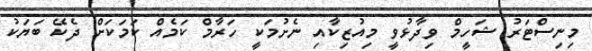
މިނިސްޓަރު ޝަހީމް ވިދާޅުވީ މިއުޒިކާއި ނެށުމަކީ ހަރާމް ކަމެއް ކަމަކަށް ދެކޭ ބަޔަކު